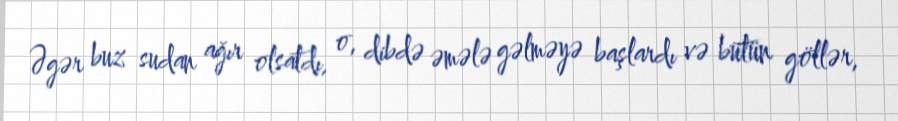
Əgər buz sudan ağır olsatdı, o, dibdə əmələ gəlməyə başlardı və bütün göllər,